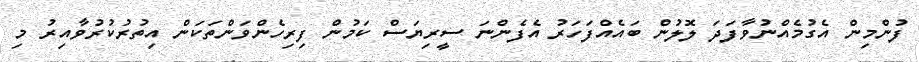
ފުންމިން އެގުމެއްނުވާފަދަ ލޮލުން ބައެއްފަހަރު އެފެންނަ ސީރިޔަސް ކަމުން ފިރިހެންވަންތަކަން އިތުރުކުރުވާއިރު މި